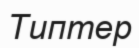
Типтер